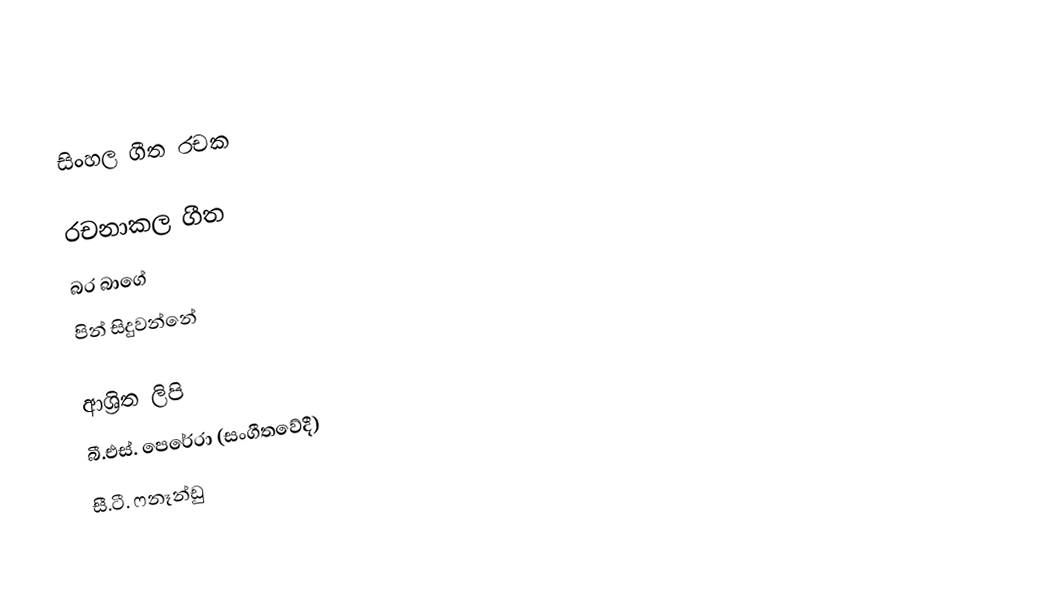
සිංහල﻿ ගීත රචක

රචනාකල ගීත
 බර බාගේ
 පින් සිදුවන්නේ

ආශ්‍රිත ලිපි
 බී.එස්. පෙරේරා (සංගීතවේදී)
 සී.ටී. ෆනෑන්ඩු